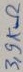
Text: 3,9KΩ